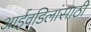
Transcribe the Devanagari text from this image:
आईवडिलांसाठी